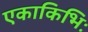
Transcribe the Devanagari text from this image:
एकाकिभिः